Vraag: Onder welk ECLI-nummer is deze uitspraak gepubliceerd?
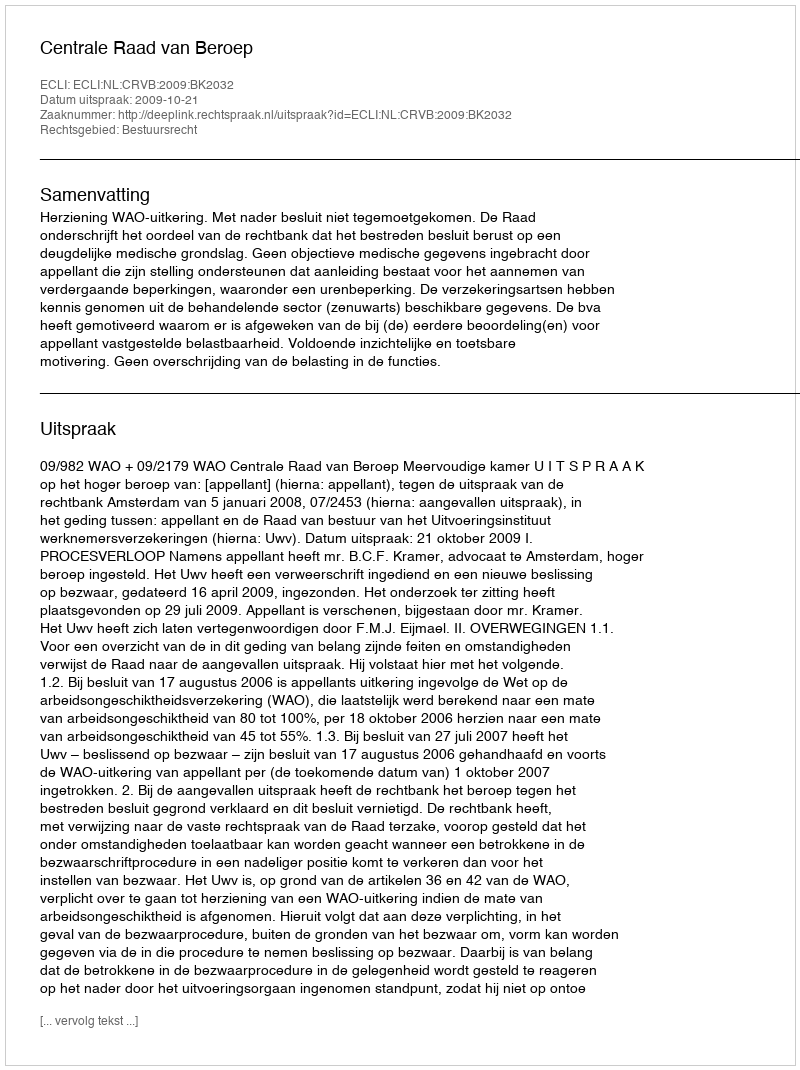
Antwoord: ECLI:NL:CRVB:2009:BK2032